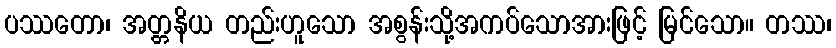
ပဿတော၊ အတ္တနိယ တည်းဟူသော အစွန်းသို့အကပ်သောအားဖြင့် မြင်သော။ တဿ၊